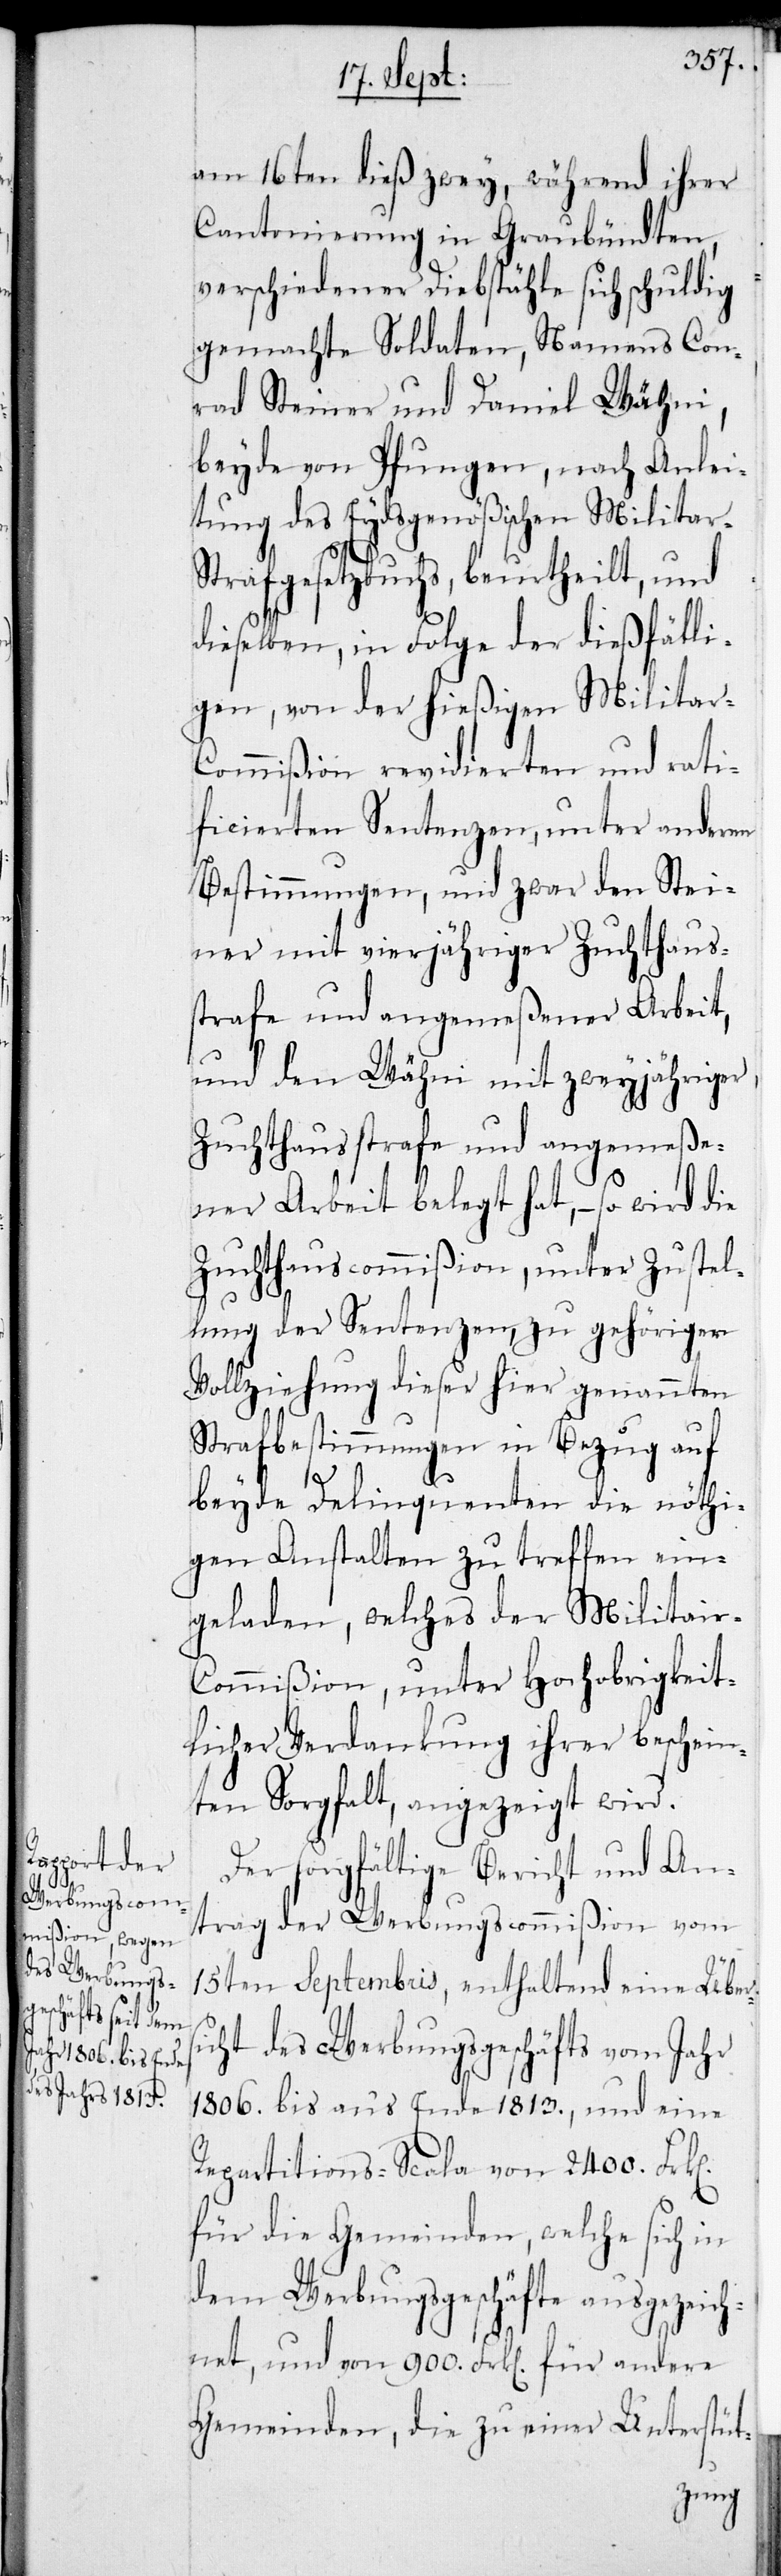
n]

am 16ten dieß zwey, während ihrer
Cantonierung in Graubündten,
verschiedener Diebstähle sich schuldig
gemachte Soldaten, Namens Con¬
rad Steiner und Daniel Wähni,
beyde von Pfungen, nach Anlei¬
tung des Eydsgenößischen Milita¬
trafgesetzbuchs, beurtheilt, und
dieselben, in Folge der dießfälli¬
gen, von der hießigen Militar-C¬
ommißion revidierten und rati¬
ficierten Sentenzen, unter anderen
Bestimmungen, und zwar den Stei¬
ner mit vierjähriger Zuchthaus¬
strafe und angemeßener Arbeit,
und den Wähni mit zweyjähriger
Zuchthausstrafe und angemeße¬
ner Arbeit belegt hat, – so wird die
Zuchthauscommißion, unter Zustel¬
lung der Sentenzen, zu gehöriger
Vollziehung dieser hier genannten
Strafbestimmungen in Bezug auf
beyde Delinquenten die nöthi¬
gen Anstalten zu treffen ein¬
geladen, welches der Militair-C¬
ommißion, unter Hochobrigkeit¬
licher Verdankung ihrer beschein¬
ten Sorgfalt, angezeigt wird.
Der sorgfältige Bericht und An¬
trag der Werbungscommißion vom
15ten Septembris, enthaltend eine Über¬
cht des Werbungsgeschäfts vom Jahr
1806. bis an’s Ende 1813., und eine
Repartitions-Scala von 2400. Frk[e¬
für die Gemeinden, welche sich in
dem Werbungsgeschäfte ausgezeich¬
net, und von 900. Frk[en] für andere
Gemeinden, die zu einer Unterstüt-